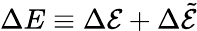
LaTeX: \Delta E\equiv\Delta{\cal E}+\Delta\tilde{\cal E}